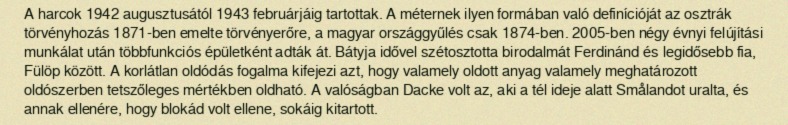
A harcok 1942 augusztusától 1943 februárjáig tartottak. A méternek ilyen formában való definícióját az osztrák törvényhozás 1871-ben emelte törvényerőre, a magyar országgyűlés csak 1874-ben. 2005-ben négy évnyi felújítási munkálat után többfunkciós épületként adták át. Bátyja idővel szétosztotta birodalmát Ferdinánd és legidősebb fia, Fülöp között. A korlátlan oldódás fogalma kifejezi azt, hogy valamely oldott anyag valamely meghatározott oldószerben tetszőleges mértékben oldható. A valóságban Dacke volt az, aki a tél ideje alatt Smålandot uralta, és annak ellenére, hogy blokád volt ellene, sokáig kitartott.